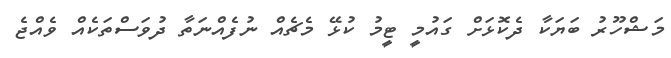
މަޝްހޫރު ބަޔަކާ ދެކޮޅަށް ގައުމީ ޓީމު ކުޅޭ މެޗެއް ނުފެއްނަތާ ދުވަސްތަކެއް ވެއްޖެ